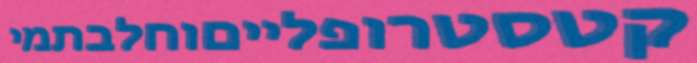
קטסטרופלייםוחלבתמי